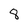
Character: 8